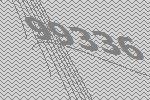
99336